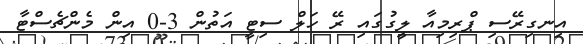
އިނގިރޭސި ޕްރިމިއާ ލީގުގައި ރޭ ހަލް ސިޓީ އަތުން 3-0 އިން މެންޗެސްޓާ